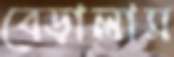
বেড়ালাম